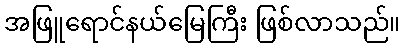
အဖြူရောင်နယ်မြေကြီး ဖြစ်လာသည်။